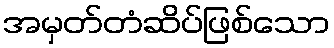
အမှတ်တံဆိပ်ဖြစ်သော